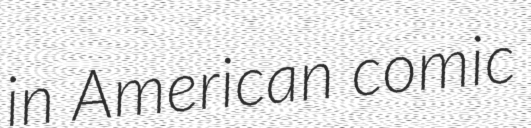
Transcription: in American comic